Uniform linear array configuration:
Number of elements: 32
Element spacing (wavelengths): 0.75
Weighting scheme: hann
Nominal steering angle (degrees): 60
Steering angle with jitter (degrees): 60.979
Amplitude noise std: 0.05
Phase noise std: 0.05

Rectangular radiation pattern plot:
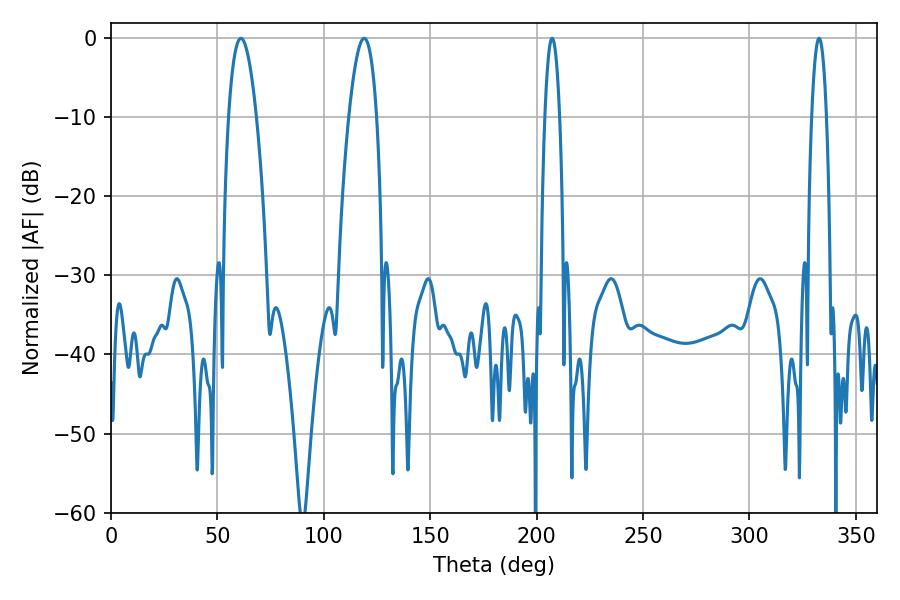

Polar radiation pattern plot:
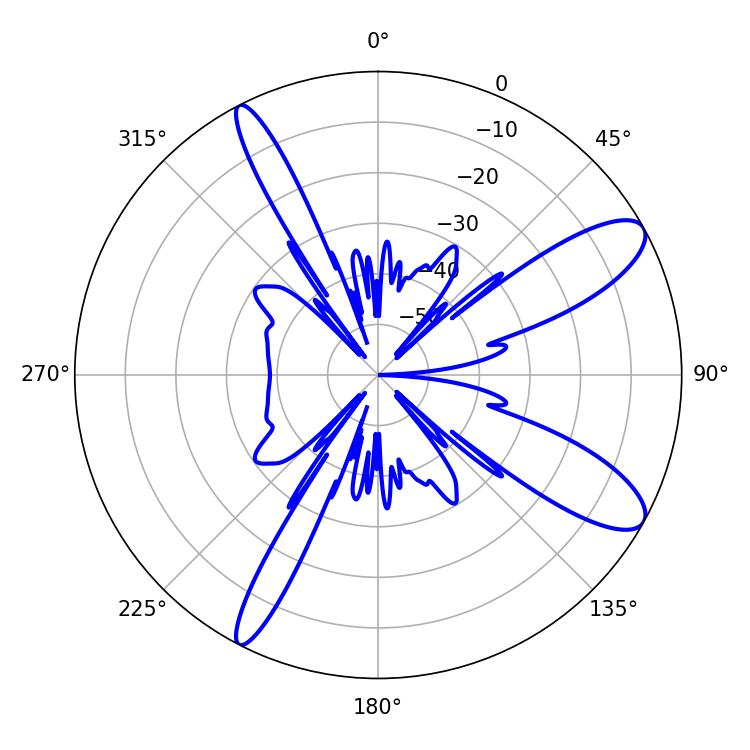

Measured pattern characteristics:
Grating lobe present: TRUE
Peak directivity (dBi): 10.683
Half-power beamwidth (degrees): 7.2
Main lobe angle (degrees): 61.02